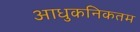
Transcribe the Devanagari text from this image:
आधुकनिकतम